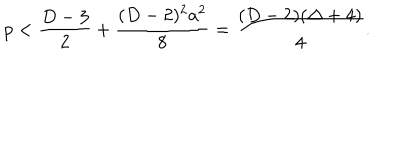
p < { \frac { D - 3 } { 2 } } + { \frac { ( D - 2 ) ^ { 2 } a ^ { 2 } } { 8 } } = { \frac { ( D - 2 ) ( \Delta + 4 ) } { 4 } } .